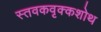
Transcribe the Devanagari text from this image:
स्तवकवृक्कशोथ